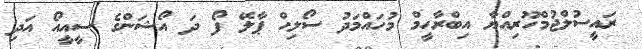
ރައީސުލްޖުމްހޫރިއްޔާ އިބްރާހީމް މުހައްމަދު ސޯލިހް ޕާލޭ ފޯ ދަ އޯޝަންގެ ސީއީއޯ އަދި